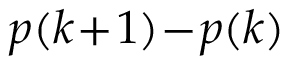
\textstyle p ( k \! + \! 1 ) \! - \! p ( k )